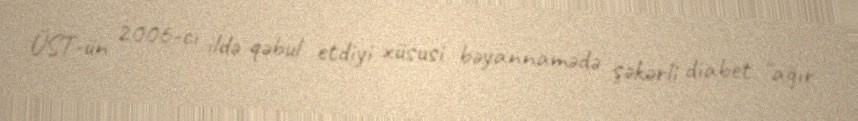
ÜST-ün 2006-cı ildə qəbul etdiyi xüsusi bəyannamədə şəkərli diabet "ağır